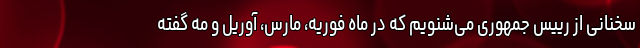
سخنانی از رییس جمهوری می‌شنویم که در ماه فوریه، مارس، آوریل و مه گفته